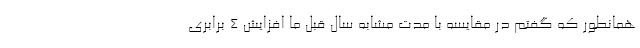
همانطور که گفتم در مقایسه با مدت مشابه سال قبل ما افزایش ۴ برابری